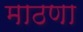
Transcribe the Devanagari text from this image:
माठणा